Annual report of the Prince of Wales Medical College, Patna
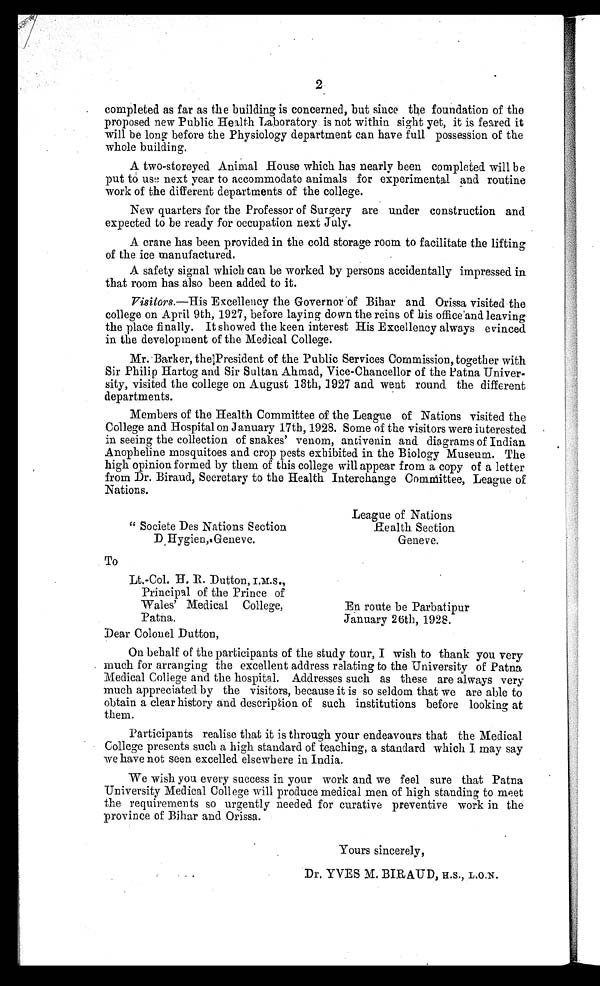
2
completed as far as the building is concerned, but since the foundation of the
proposed new Public Health Laboratory is not within sight yet, it is feared it
will be long before the Physiology department can have full possession of the
whole building.
A two-storeyed Animal House which has nearly been completed will be
put to use next year to accommodate animals for experimental and routine
work of the different departments of the college.
New quarters for the Professor of Surgery are under construction and
expected to be ready for occupation next July.
A crane has been provided in the cold storage room to facilitate the lifting
of the ice manufactured.
A safety signal which can be worked by persons accidentally impressed in
that room has also been added to it.
Visitors.—His Excellency the Governor of Bihar and Orissa visited the
college on April 9th, 1927, before laying down the reins of his office and leaving
the place finally. It showed the keen interest His Excellency always evinced
in the development of the Medical College.
Mr. Barker, the President of the Public Services Commission, together with
Sir Philip Hartog and Sir Sultan Ahmad, Vice-Chancellor of the Patna Univer-
sity, visited the college on August 13th, 1927 and went round the different
departments.
Members of the Health Committee of the League of Nations visited the
College and Hospital on January 17th, 1928. Some of the visitors were interested
in seeing the collection of snakes’ venom, antivenin and diagrams of Indian
Anopheline mosquitoes and crop pests exhibited in the Biology Museum. The
high opinion formed by them of this college will appear from a copy of a letter
from Dr. Biraud, Secretary to the Health Interchange Committee, League of
Nations.
League of Nations
"Societe Des Nations Section Health Section
D. Hygien, Geneve. Geneve.
To
Lt.-Col. H. R. Dutton, I .M.S.,
Principal of the Prince of
Wales’ Medical College,
En route be Parbatipur
Patna.
January 26th, 1928.
Dear Colonel Dutton,
On behalf of the participants of the study tour, I wish to thank you very
much for arranging the excellent address relating to the University of Patna
Medical College and the hospital. Addresses such as these are always very
much appreciated by the visitors, because it is so seldom that we are able to
obtain a clear history and description of such institutions before looking at
them.
Participants realise that it is through your endeavours that the Medical
College presents such a high standard of teaching, a standard which I may say
we have not seen excelled elsewhere in India.
We wish you every success in your work and we feel sure that Patna
University Medical College will produce medical men of high standing to meet
the requirements so urgently needed for curative preventive work in the
province of Bihar and Orissa.
Yours sincerely,
Dr . YVES M. BI RAUD, H. S. , L. O. N.